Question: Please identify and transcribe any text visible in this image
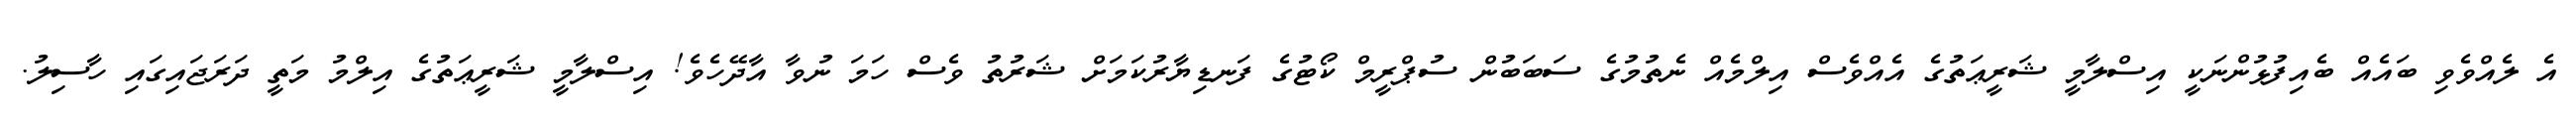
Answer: އެ ލެއްވެވި ބައެއް ބެއިފުޅުންނަކީ އިސްލާމީ ޝަރީޢަތުގެ އެއްވެސް އިލްމެއް ނެތުމުގެ ސަބަބުން ސުޕްރީމް ކޯޓުގެ ފަނޑިޔާރުކަމަށް ޝަރުތު ވެސް ހަމަ ނުވާ އާދޭހެވެ! އިސްލާމީ ޝަރީޢަތުގެ އިލްމު މަތީ ދަރަޖައިގައި ހާސިލު.